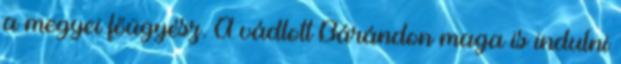
a megyei főügyész. A vádlott Bárándon maga is indulni